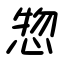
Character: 惣